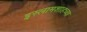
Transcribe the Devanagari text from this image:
इस्लामशाहच्या